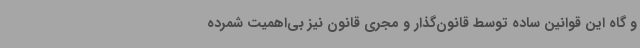
و گاه این قوانین ساده توسط قانون‌گذار و مجری قانون نیز بی‌اهمیت شمرده